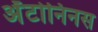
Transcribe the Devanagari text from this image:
अँटोनिनस